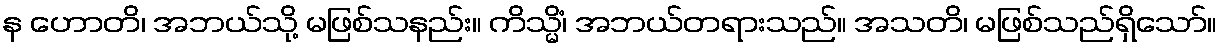
န ဟောတိ၊ အဘယ်သို့ မဖြစ်သနည်း။ ကိသ္မိံ၊ အဘယ်တရားသည်။ အသတိ၊ မဖြစ်သည်ရှိသော်။